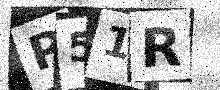
Text: P51R